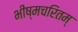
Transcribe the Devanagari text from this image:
भीष्मचरितम्